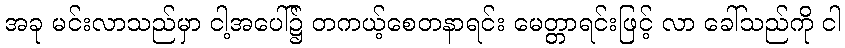
အခု မင်းလာသည်မှာ ငါ့အပေါ်၌ တကယ့်စေတနာရင်း မေတ္တာရင်းဖြင့် လာ ခေါ်သည်ကို ငါ